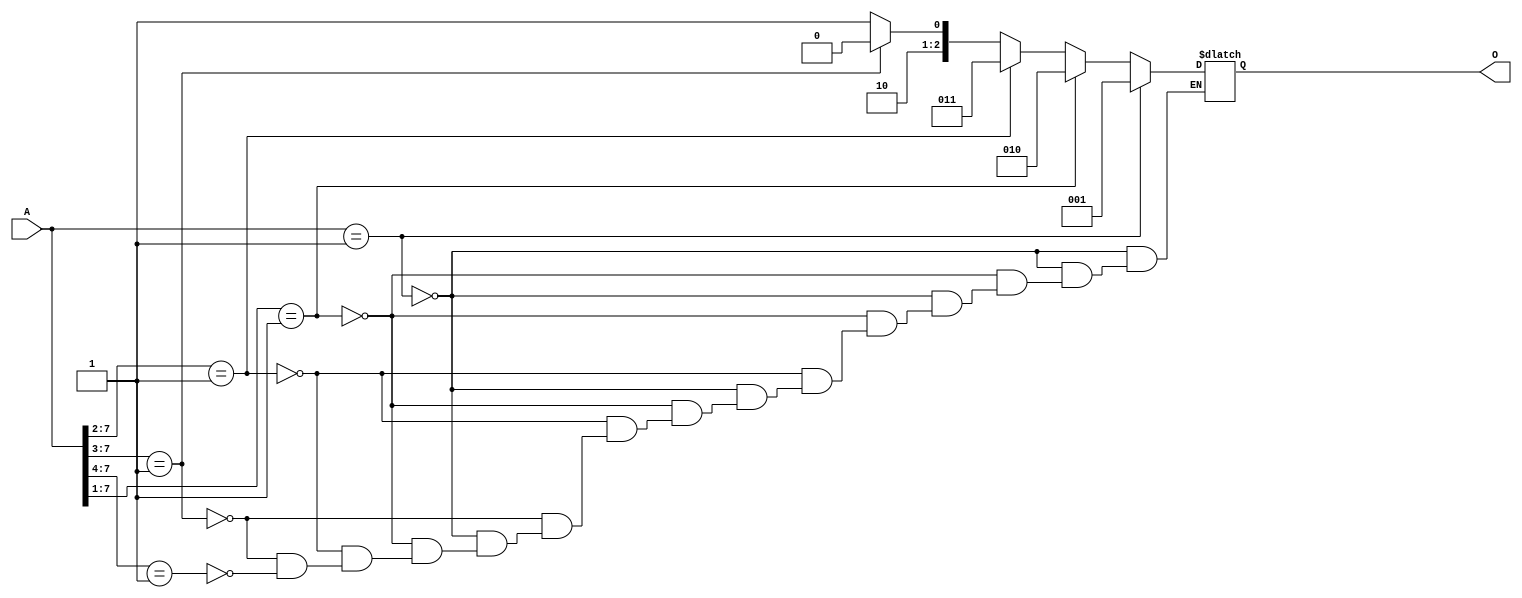
module p_encoder_case (
    input wire[7:0] A,
    output reg [2:0]O 
);
always @(A)
begin
if(A==8'b00000001)
O=3'b001;
else if(A[7:1]==8'b0000001)
O=3'b010;
else if(A[7:2]==8'b000001)
O=3'b011;
else if(A[7:3]==8'b00001)
O=3'b100;
else if(A[7:4]==8'b0001)
O=3'b101;
//and so on
end
endmodule